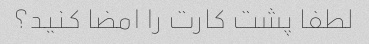
لطفا پشت کارت را امضا کنید؟